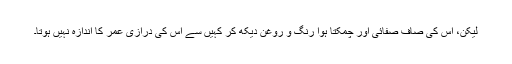
لیکن، اس کی صاف صفائی اور چمکتا ہوا رنگ و روغن دیکھ کر کہیں سے اس کی درازی عمر کا اندازہ نہیں ہوتا۔